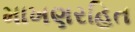
માખણરહિત